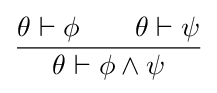
{\frac {\theta \vdash \phi \quad \quad \theta \vdash \psi }{\theta \vdash \phi \wedge \psi }}